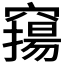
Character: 𥨛